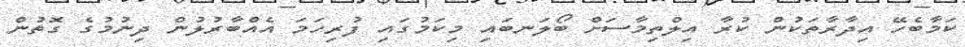
ކަމާބެހޭ އިދާރާތަކުން ކުރާ އިލްތިމާސަށް ބޯލަނބައި މިކަމުގައި ފުރިހަމަ އެއްބާރުލުން ދިނުމުގެ ގޮތުން